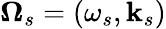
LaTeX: \boldsymbol{\Omega}_{s}=(\omega_{s},\mathbf{k}_{s})